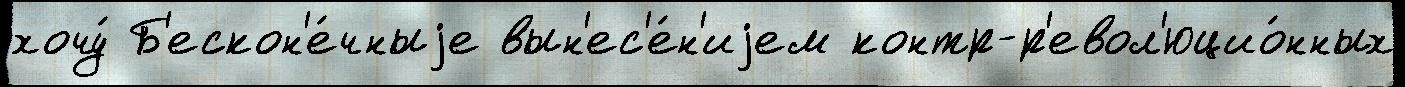
хочу́ Б'ескон'е́чныjе вын'ес'е́н'иjем контр-р'евол'юцио́нных